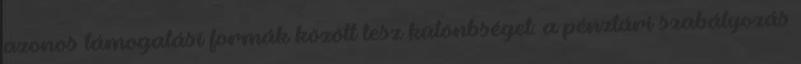
azonos támogatási formák között tesz különbséget: a pénztári szabályozás